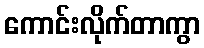
ကောင်းလိုက်တာကွာ